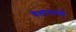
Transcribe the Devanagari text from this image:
वेडापायी